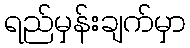
ရည်မှန်းချက်မှာ